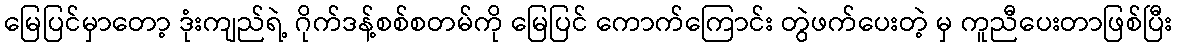
မြေပြင်မှာတော့ ဒုံးကျည်ရဲ့ ဂိုက်ဒန့်စစ်စတမ်ကို မြေပြင် ကောက်ကြောင်း တွဲဖက်ပေးတဲ့ မှ ကူညီပေးတာဖြစ်ပြီး